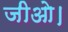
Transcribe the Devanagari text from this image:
जीओ।